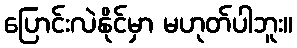
ပြောင်းလဲနိုင်မှာ မဟုတ်ပါဘူး။